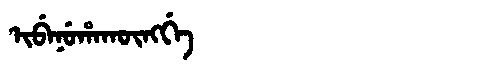
Manchu: ᡳᠪᡝᠨᡠᡥᠠᡴᡡᠩᡤᡝ
Romanization: IBENUHAKŪNGGE